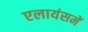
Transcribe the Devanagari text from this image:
एलायंसमें